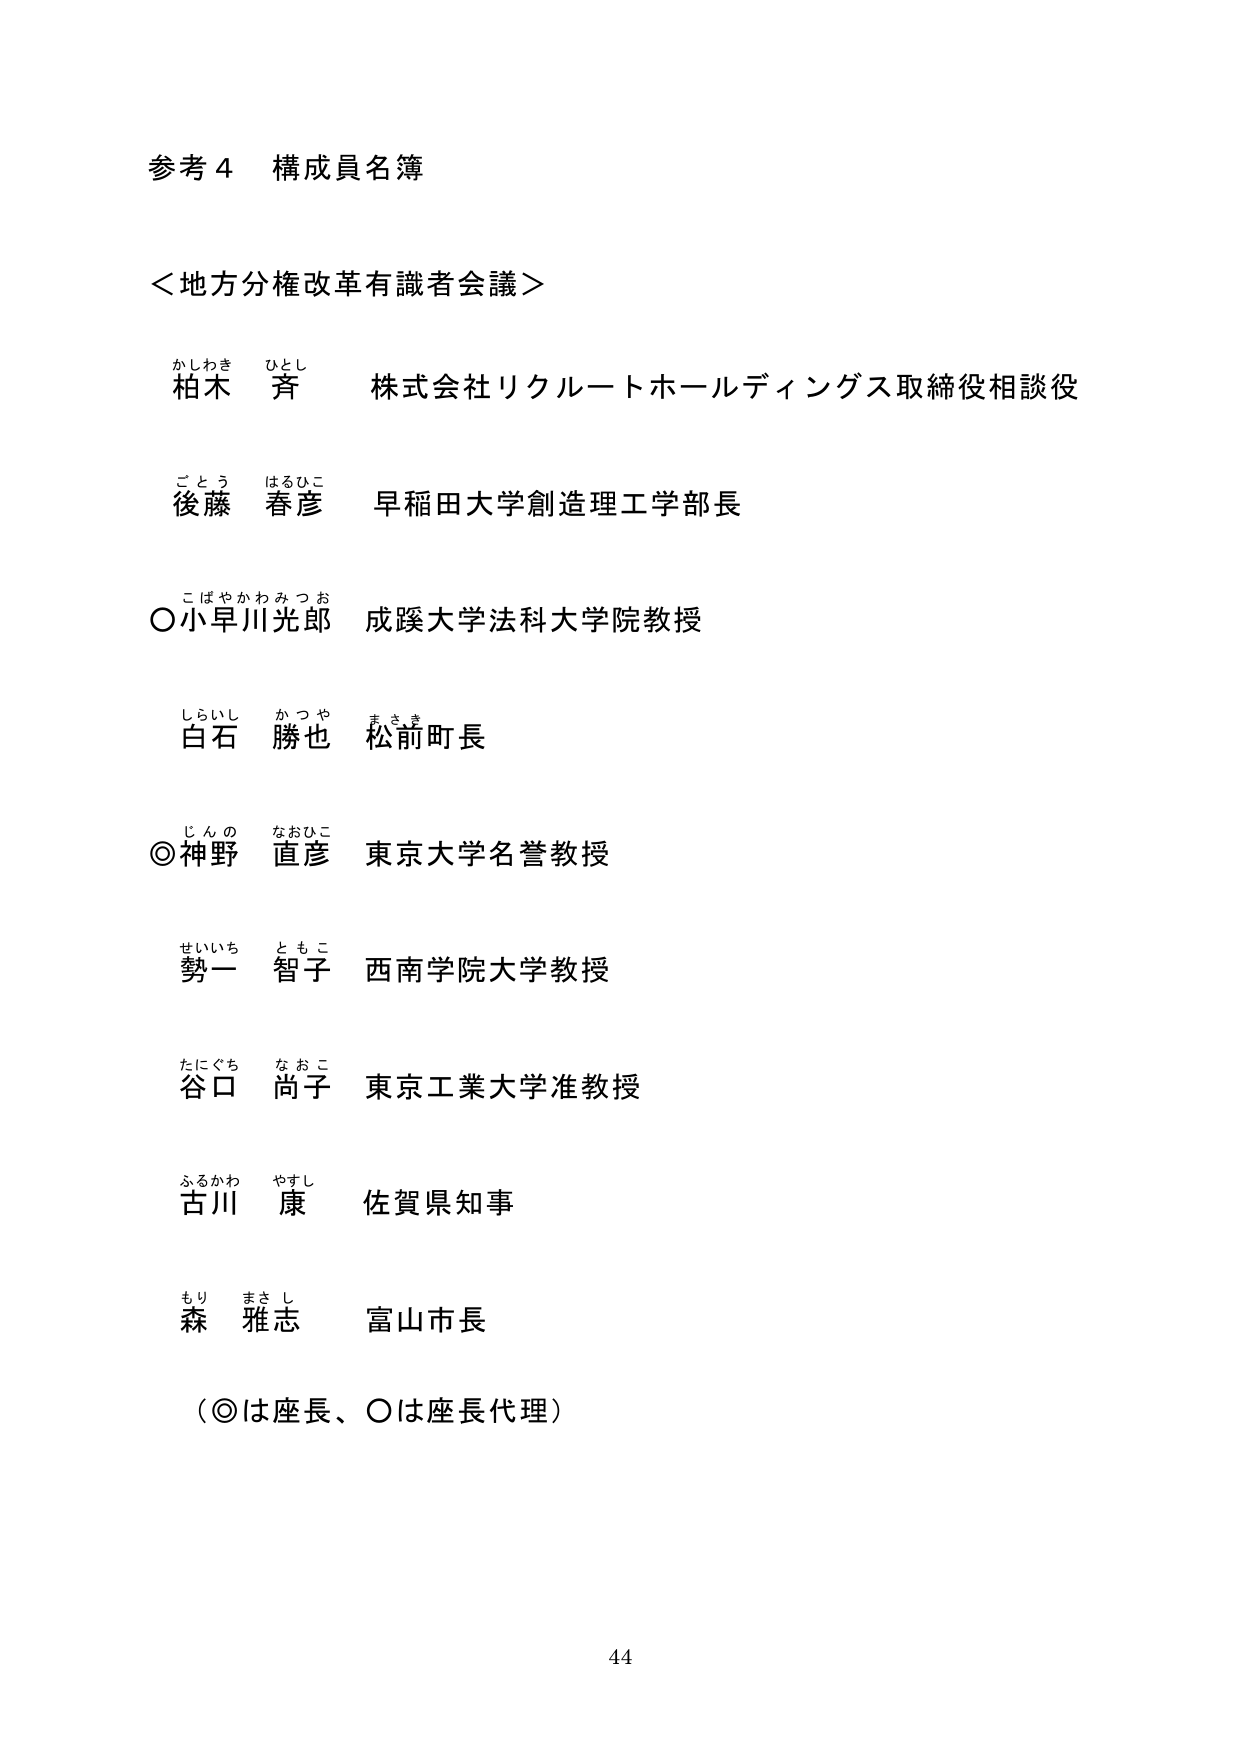
参考４ 構成員名簿

＜地方分権改革有識者会議＞

かしわき ひとし
柏木 斉 株式会社リクルートホールディングス取締役相談役

ごとう はるひこ
後藤 春彦 早稲田大学創造理工学部長

こばやかわ みつお
○小早川光郎 成蹊大学法科大学院教授

しらいし かつや まさき
白石 勝也 松前町長

じんの なおひこ
◎神野 直彦 東京大学名誉教授

せいいち ともこ
勢一 智子 西南学院大学教授

たにぐち なおこ
谷口 尚子 東京工業大学准教授

ふるかわ やすし
古川 康 佐賀県知事

もり まさし
森 雅志 富山市長

（◎は座長、○は座長代理）

44